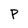
Character: P